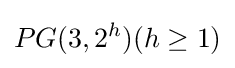
PG(3,2^{h})(h\geq 1)